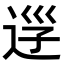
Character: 𨒰